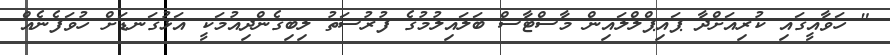
" ހަވާއީގައި ކުރިއަށްދާ ޕައިޕްލްލައިން މާސްޓާސް ބަލައިލުމުގެ ފުރުސަތު ލިބިގެންދިއުމަކީ އަޅުގަނޑަށް ހުވަފެނެއް